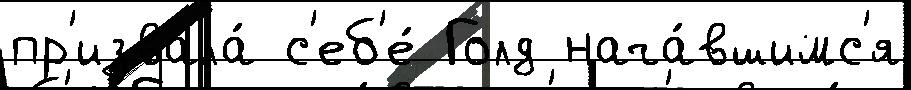
пр'извала́ с'еб'е́ Голд нача́вшимс'я